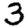
Digit: 3